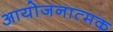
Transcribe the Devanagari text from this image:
आयोजनात्मक